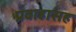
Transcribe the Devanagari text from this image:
प्रवाहासह